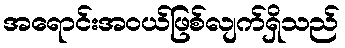
အရောင်းအဝယ်ဖြစ်လျက်ရှိသည်